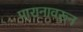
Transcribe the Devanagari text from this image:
पारानावरून